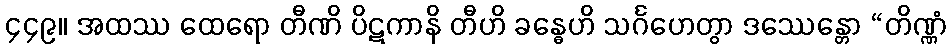
၄၄၉။ အထဿ ထေရော တီဏိ ပိဋကာနိ တီဟိ ခန္ဓေဟိ သင်္ဂဟေတွာ ဒဿေန္တော “တိဏ္ဏံ